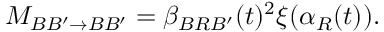
{ \cal M } _ { B B ^ { \prime } \to B B ^ { \prime } } = \beta _ { B R B ^ { \prime } } ( t ) ^ { 2 } \xi ( \alpha _ { R } ( t ) ) .